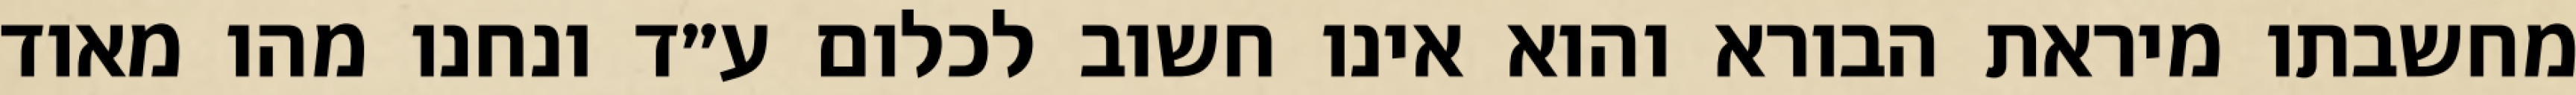
מחשבתו מיראת הבורא והוא אינו חשוב לכלום ע״ד ונחנו מהו מאוד